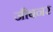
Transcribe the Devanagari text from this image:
जीबनर